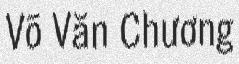
Võ Văn Chương